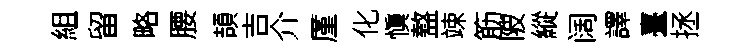
組留略腰頡吉介厪化愼盩竦筋陂縱阔譯臺拯